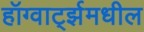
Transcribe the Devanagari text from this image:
हॉग्वार्ट्झमधील